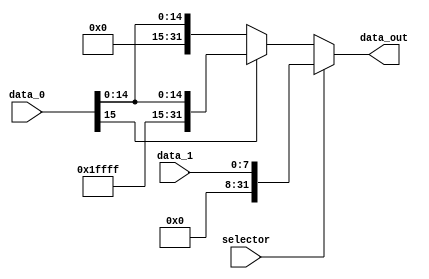
module Ex_16or8to32 (
    input wire selector,
    input wire [15:0] data_0,
    input wire [7:0] data_1,
    output wire [31:0] data_out
);
    wire [31:0] aux_0, aux_1;

    // Exteno do fio de 16-bits, mantendo o sinal (imediatos e offsets)
    assign aux_0 = (data_0[15]) ? {{16{1'b1}}, data_0} : {{16{1'b0}}, data_0};

    // Exteno do fio de 8-bits da memria, extende sempre com zero (excees)
    assign aux_1 = {{24{1'b0}}, data_1};

    // Escolhe o fio da mesma forma que um multiplexador de 2 entradas
    assign data_out = (selector == 1'b0) ? aux_0 : aux_1;

endmodule